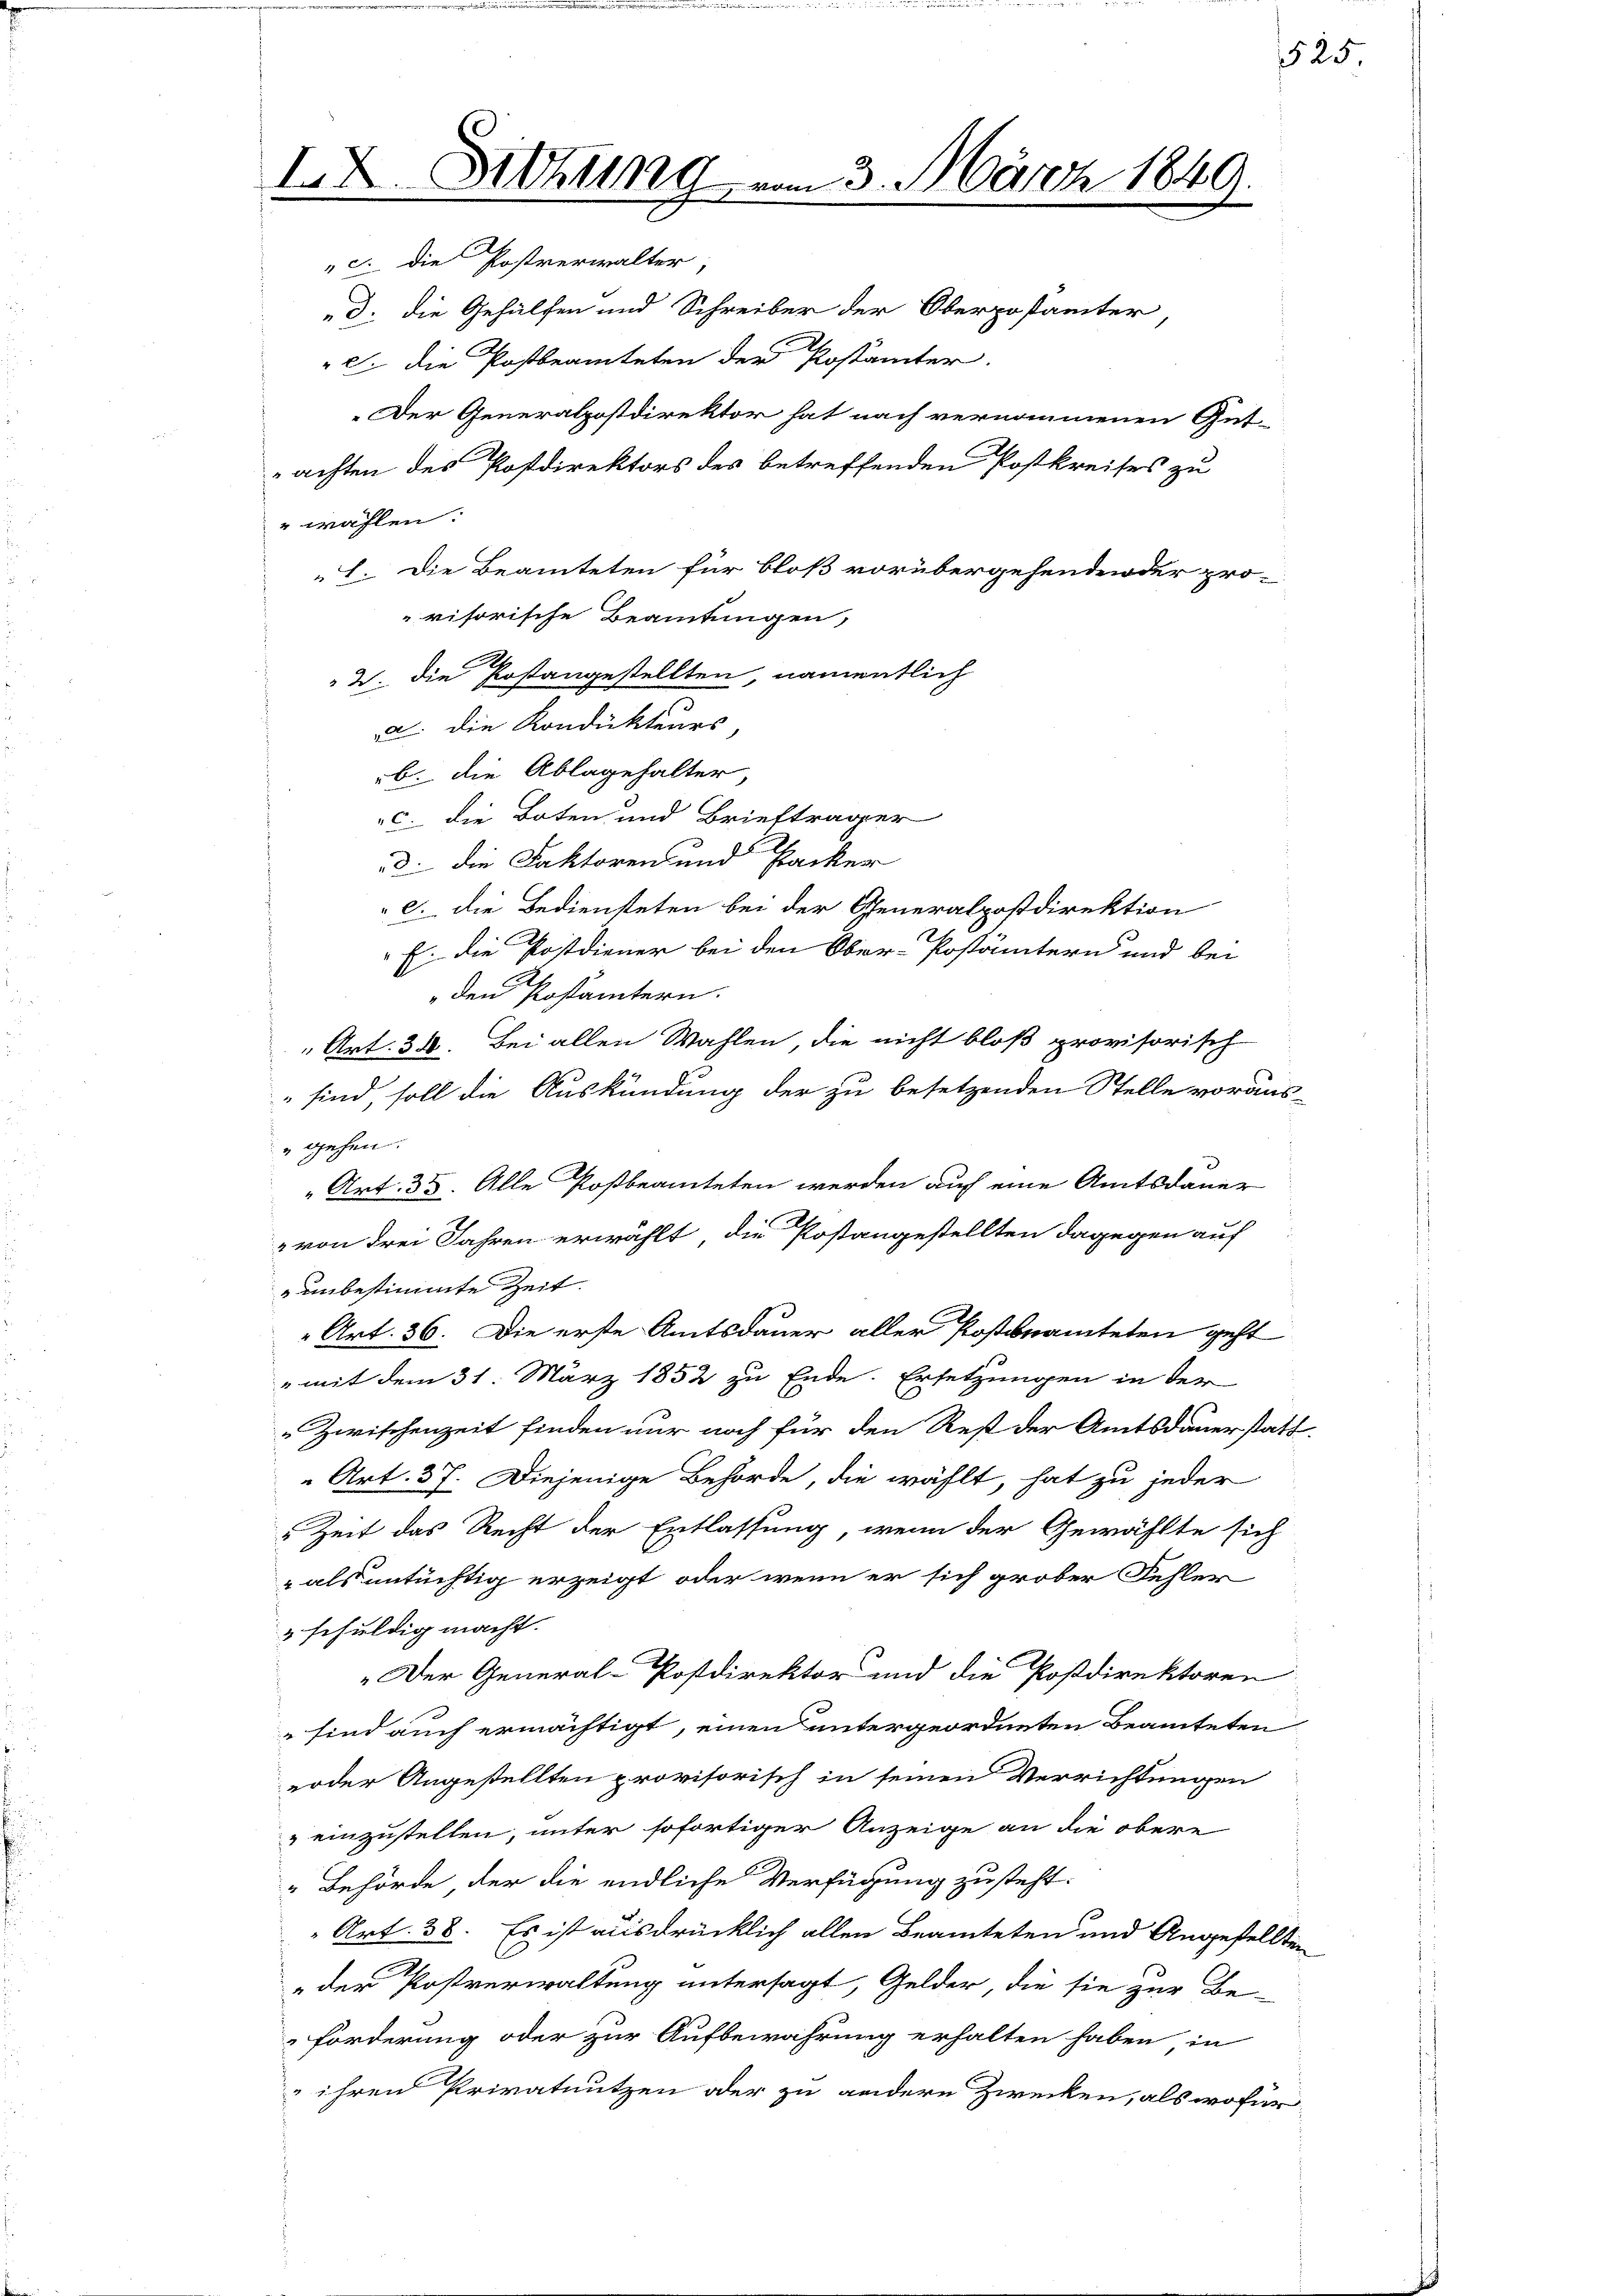
18.

Sitzung

". Die Postverwalter,
Der Generalpostdirektor hat nach vernommenen Gut-
achten des Postdirektors des betreffenden Postkreises zu
" wählen:
I. Die Beamteten für bloß vorübergehenden der provisorische Beamtungen,
A
2. die Postangestellten, namentlich
u. die Kondukteurs,
b. die Ablagehalter,
c. die Boten und Briefträger
d. Die Faktoren und Stacker
c. die Bediensteten bei der Generalpostdirektion
E. die Postdiener bei den Ober-Postämtern und bei
den Poslämtern.
" Art. 30. Bei allen Wahlen, die nicht bloß provisorisch
 sind, soll die Auskündung der zu besetzenden Stelle voraus-
" gehen.
 Art. 35. Alle Postbeamteten werden auf eine Amtsdauer
" von drei Jahren erwählt, die Postangestellten dagegen auf
unbestimmte Zeit.
Art. 36. Die erste Amtsdauer aller Postenamteten geht
" mit dem 31. März 1852 zu Ende. Ersetzungen in der
„Zwischenzeit finden nur noch für den Rest der Amtsdauerstat
Art. 37. Diejenige Behörde, die wählt, hat zu jeder
Zeit das Recht der Entlassung, wenn der Gewählte sich
 als untüchtig erzeigt, oder wenn er sich grober Fehler
schuldig macht.
„Der General-Postdirektor und die Postdirektoren
 sind auch ermächtigt, einen untergeordneten Beamteten
erder Angestellten provisorisch in seinen Verrichtungen
" einzustellen, unter sofortiger Anzeige an die obere
Behörde der die endliche Verfügung zusteht.
Art. 38. Es ist ausdrücklich allen Beamteten und Angestell-
"der Postverwaltung untersagt, Gelder, die sie zur Be-
forderung oder zur Aufbewahrung erhalten haben in
 ihren Privatnutzen oder zu andern Zwecken, als wofür

23. März 1849.

„d. die Gehülfen und Schreiber der Oberpostämter,
c. die Postbeamteten der Postämter.

2

525

.

d